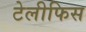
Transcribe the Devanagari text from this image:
टेलीफिस